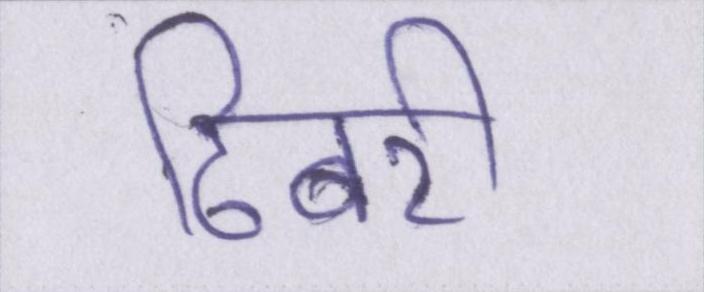
ढिबरी